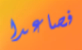
فصاعدا